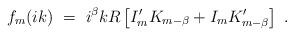
LaTeX: \begin{align*}f_m(ik)\ =\ i^\beta k R\left[I'_m K_{m-\beta}+I_{m}K'_{m-\beta}\right]\ .\end{align*}